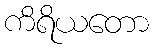
ကိရိယတော